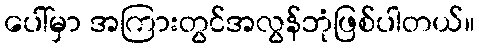
ပေါ်မှာ အကြားတွင်အလွန်ဘုံဖြစ်ပါတယ်။